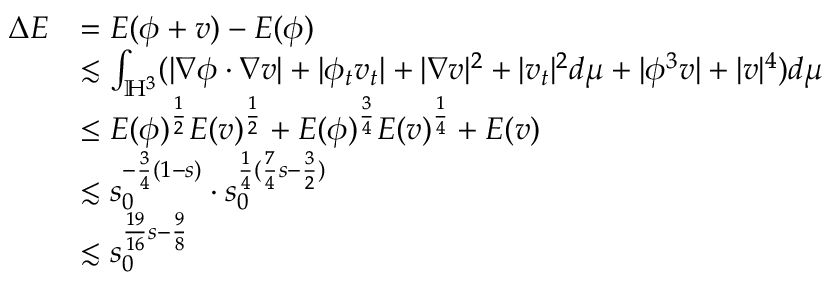
\begin{array} { r l } { \Delta E } & { = E ( \phi + v ) - E ( \phi ) } \\ & { \lesssim \int _ { \mathbb { H } ^ { 3 } } ( | \nabla \phi \cdot \nabla v | + | \phi _ { t } v _ { t } | + | \nabla v | ^ { 2 } + | v _ { t } | ^ { 2 } d \mu + | \phi ^ { 3 } v | + | v | ^ { 4 } ) d \mu } \\ & { \leq E ( \phi ) ^ { \frac { 1 } { 2 } } E ( v ) ^ { \frac { 1 } { 2 } } + E ( \phi ) ^ { \frac { 3 } { 4 } } E ( v ) ^ { \frac { 1 } { 4 } } + E ( v ) } \\ & { \lesssim s _ { 0 } ^ { - \frac { 3 } { 4 } ( 1 - s ) } \cdot s _ { 0 } ^ { \frac { 1 } { 4 } ( \frac { 7 } { 4 } s - \frac { 3 } { 2 } ) } } \\ & { \lesssim s _ { 0 } ^ { \frac { 1 9 } { 1 6 } s - \frac { 9 } { 8 } } } \end{array}